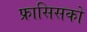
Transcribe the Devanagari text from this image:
फ्रासिसको